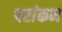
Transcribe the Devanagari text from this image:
परांकन